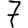
Digit: 7